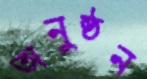
অনুষ্ঠন